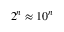
2 ^ { n } \approx 1 0 ^ { n }